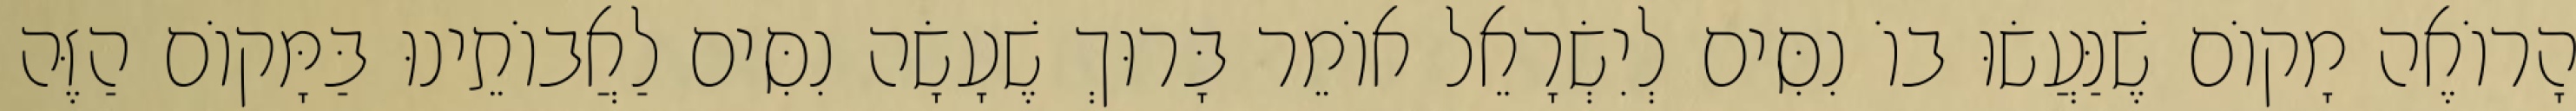
הָרוֹאֶה מָקוֹם שֶׁנַּעֲשׂוּ בוֹ נִסִּים לְיִשְׂרָאֵל אוֹמֵר בָּרוּךְ שֶׁעָשָׂה נִסִּים לַאֲבוֹתֵינוּ בַּמָּקוֹם הַזֶּה